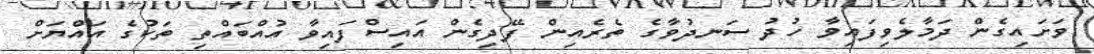
ވަށައިގެން ދަމާލެވިފައިވާ ހުދު ސަނދުވާގެ ތެރެއިން ފޭދިގެން އައިސްފައިވާ އުއްބައްތި ތަކުގެ އައްޔަށް